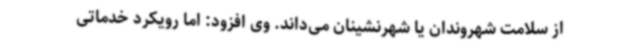
از سلامت شهروندان یا شهرنشینان می‌داند. وی افزود: اما رویکرد خدماتی